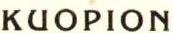
KUOPION